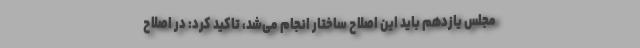
مجلس یازدهم باید این اصلاح ساختار انجام می‌شد، تاکید کرد: در اصلاح